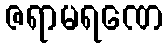
ဇရာမရဏေ